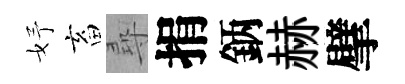
妤畜尋捐鈵赫擘